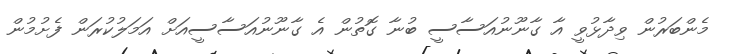
މެންބަރުން ވިދާޅުވީ އާ ގާނޫނުއަސާސީ ބުނާ ގޮތުން އެ ގާނޫނުއަސާސީއަށް އަމަލުކުރަން ފެށުމުން